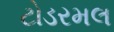
ટોડરમલ